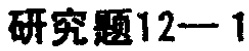
研究题12—1